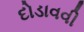
દોડાવવી